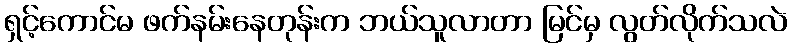
ရှင့်ကောင်မ ဖက်နမ်းနေတုန်းက ဘယ်သူလာတာ မြင်မှ လွတ်လိုက်သလဲ